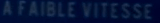
AFAIBLEVITESSE